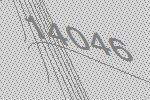
14046